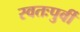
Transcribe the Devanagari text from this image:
स्वतःपुर्वी